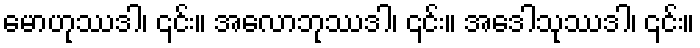
မောဟုဿဒါ၊ ၎င်း။ အလောဘုဿဒါ၊ ၎င်း။ အဒေါသုဿဒါ၊ ၎င်း။